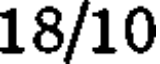
18/10